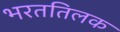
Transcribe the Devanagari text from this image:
भरततिलक